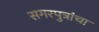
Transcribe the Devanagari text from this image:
सगरपुत्रांचा